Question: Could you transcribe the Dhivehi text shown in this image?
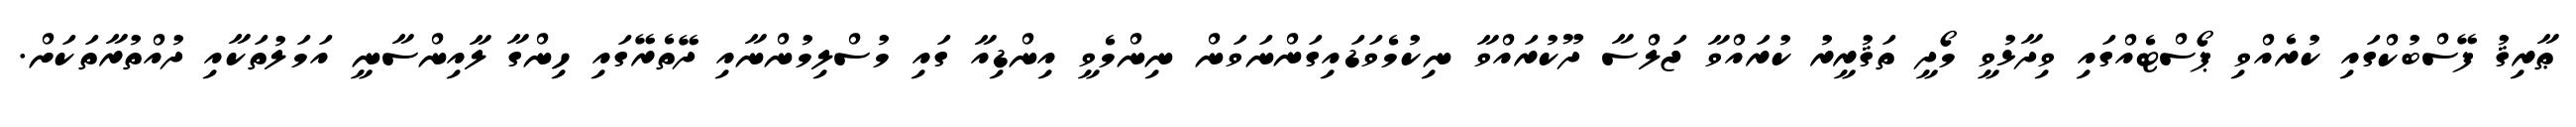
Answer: ޠާރިޤު ފޭސްބުކްގައި ކުރެއްވި ޕޯސްޓެއްގައި ވިދާޅުވީ މޯދީ ތަޤުރީރު ކުރައްވާ ޖަލްސާ ދޫކުރައްވާ ނިކުމެވަޑައިގަންނަވަން ނިންމެވީ އިންޑިއާ ގައި މުސްލިމުންނާއި ދޭތެރޭގައި ހިންގާ ލާއިންސާނީ އަމަލުތަކާއި ދުއްތުރާތަކަށް.